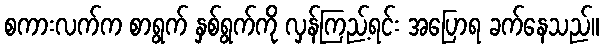
စကားလက်က စာရွက် နှစ်ရွက်ကို လှန်ကြည့်ရင်း အပြောရ ခက်နေသည်။